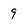
Character: 9